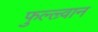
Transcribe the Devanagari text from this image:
फुल्ल्र्वान